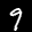
Label: 9